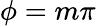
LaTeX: \phi=m\pi